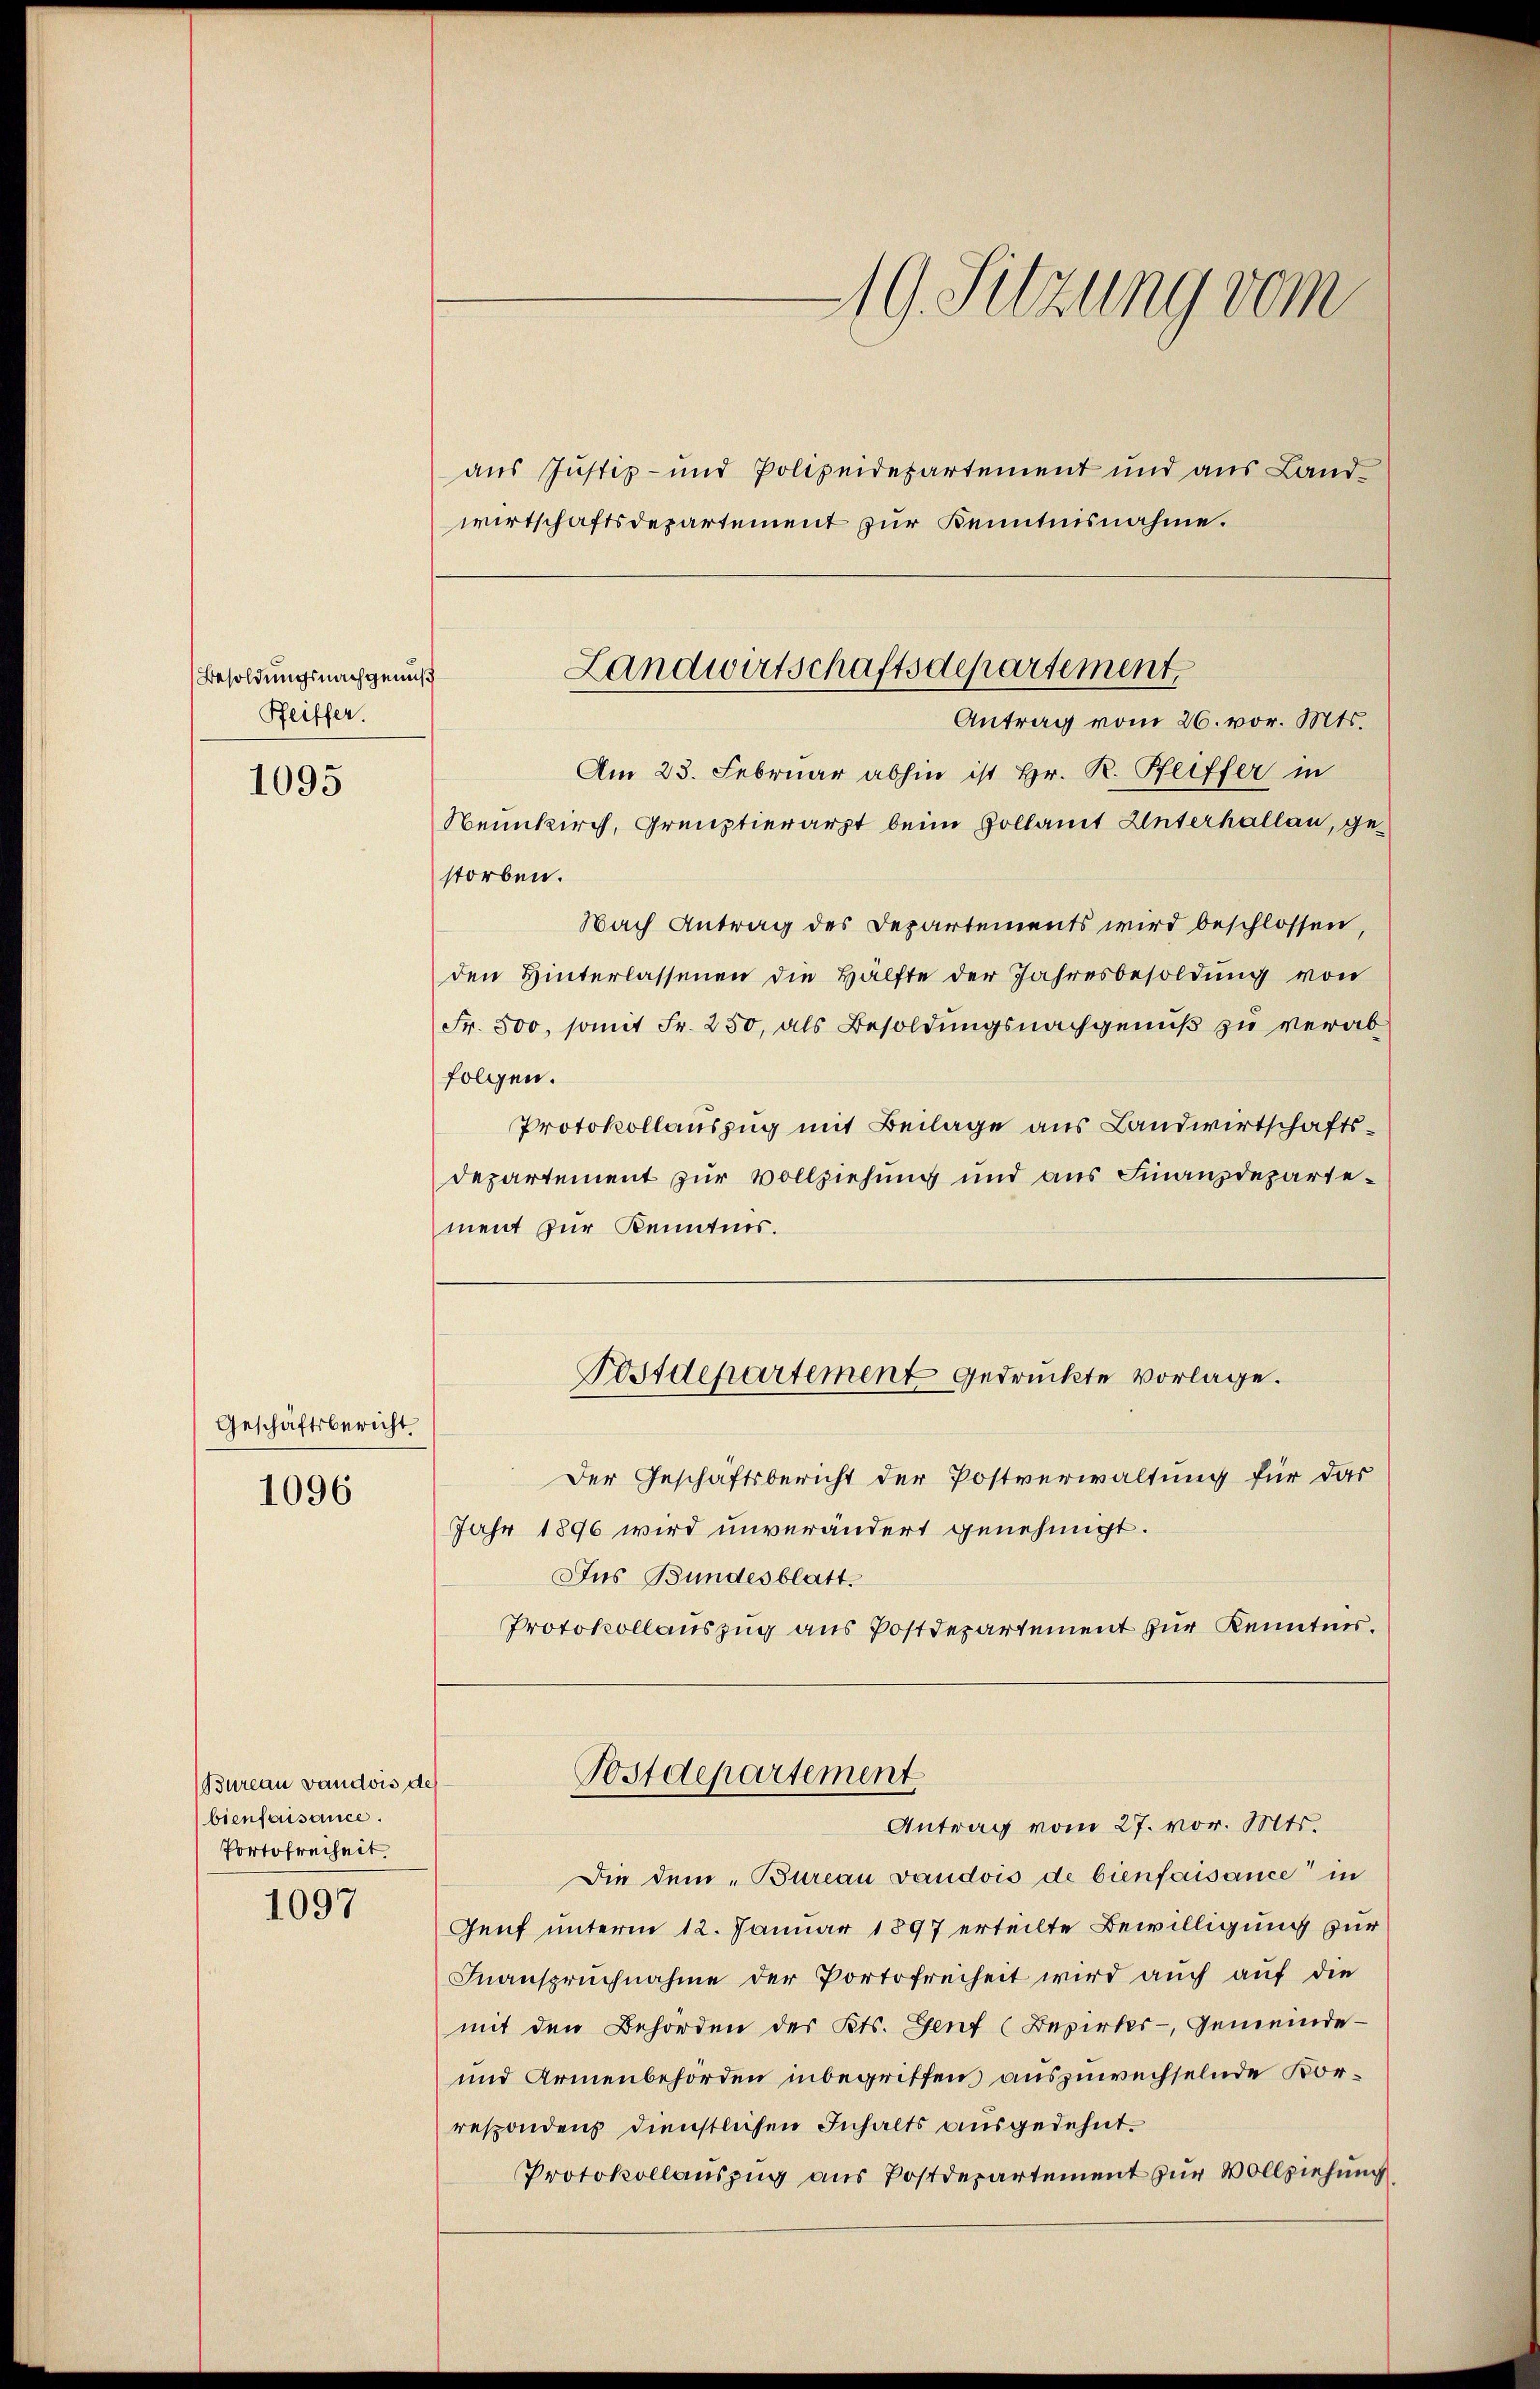
Besoldungsnachgemus
Pfeiffer.

1095

Geschäftsbericht
1096

Bureau vaudois de
bienfaisance.
Portofreiheit.

1097

19. Sitzung vom

aus Justiz- und Polizeidepartement und aus Land-
wirtschaftsdepartement zur Kenntnisnahme.
Am 23. Februar abhin ist Hr. R. Pfeiffer in
Neunkirch, Greuztierarzt beim Zollamt Unterhallen, gestorben.
Nach Antrag des Departements wird beschlossen,
den Hinterlassenen die Hälfte der Jahresbesoldung von
Fr. 500, somit Fr. 250, als Besoldungsnachgenuß zu verab
folgen.
Protokollauszug mit Beilage aus Landwirtschaftsdepartement zur Vollziehung und aus Finanzdepartement zur Kenntnis.
Postdepartement gedruckte vorlage.
Der Geschäftsbericht der Postverwaltung für das
Jahr 1896 wird unverändert genehmigt.
Jus Bundesblatt.
Protokollauszug aus Postdepartement zur Kenntnis.
Postdepartement
Antrag vom 27. vor. Mts.
Die dem „Bureau vaudois de bienfaisance in
Genf unterm 12. Januar 1897 erteilte Bewilligung zur
Inanspruchnahme der Portofreiheit wird auch auf die
mit den Behörden des Kts. Genf (Bezirks- Gemeinde-
und Armenbehörden inbegriffen auszuwechselnde Korrespondens dienstlichen Inhalts ausgedehnt.
Protokollauszug aus Postdepartement zur Vollziehung

Landwirtschaftsdepartement
Antrag vom 26. vor. Mts.